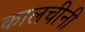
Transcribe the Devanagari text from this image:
कालचीनी